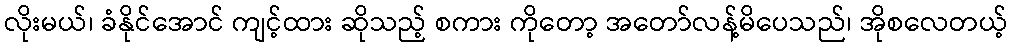
လိုးမယ်၊ ခံနိုင်အောင် ကျင့်ထား ဆိုသည့် စကား ကိုတော့ အတော်လန့်မိပေသည်၊ အိုစလေတယ့်